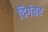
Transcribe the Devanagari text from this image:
दिगंतर